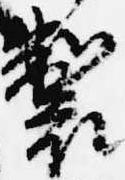
製